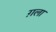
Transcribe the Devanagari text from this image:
ग़ला